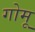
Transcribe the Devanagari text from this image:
गोमू